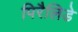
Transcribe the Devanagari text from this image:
पिरैलिडे